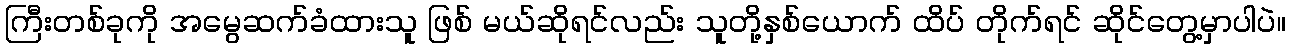
ကြီးတစ်ခုကို အမွေဆက်ခံထားသူ ဖြစ် မယ်ဆိုရင်လည်း သူတို့နှစ်ယောက် ထိပ် တိုက်ရင် ဆိုင်တွေ့မှာပါပဲ။